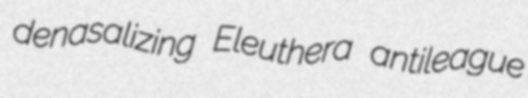
denasalizing Eleuthera antileague